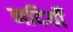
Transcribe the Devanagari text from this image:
नदियोँ